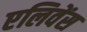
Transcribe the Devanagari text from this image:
एलिवेंस